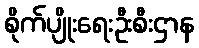
စိုက်ပျိုးရေးဦးစီးဌာန